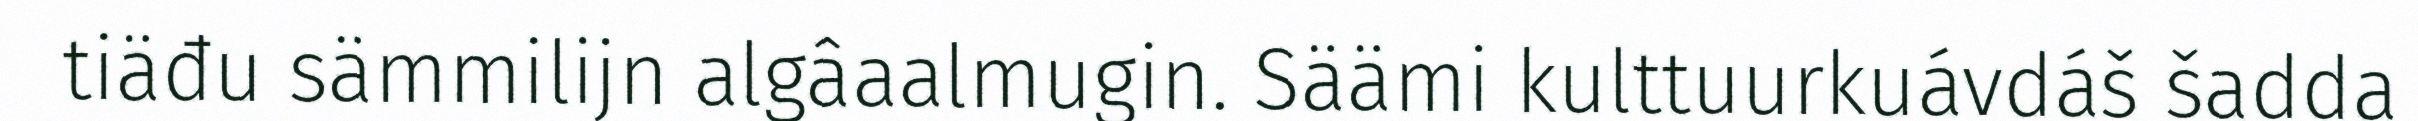
tiäđu sämmilijn algâaalmugin. Säämi kulttuurkuávdáš šadda